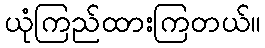
ယုံကြည်ထားကြတယ်။